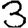
Digit: 3